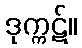
ဒုက္ကဋ်။